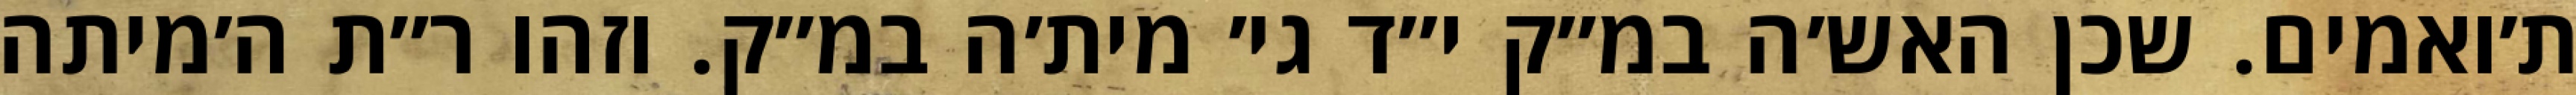
ת׳ואמים. שכן האש׳ה במ״ק י״ד גי׳ מית׳ה במ״ק. וזהו ר״ת ה׳מיתה